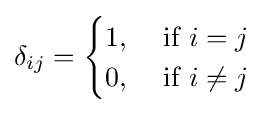
\delta _{ij}={\begin{cases}1,&{\text{ if }}i=j\\0,&{\text{ if }}i\neq j\end{cases}}